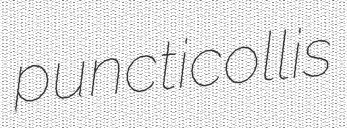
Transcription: puncticollis